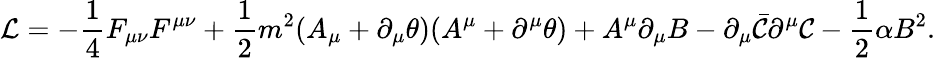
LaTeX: {\cal L}=-\frac{1}{4}F_{\mu\nu}F^{\mu\nu}+\frac{1}{2}m^{2}(A_{\mu}+\partial_{\mu}\theta)(A^{\mu}+\partial^{\mu}\theta)+A^{\mu}\partial_{\mu}B-\partial_{\mu}\bar{\cal C}\partial^{\mu}{\cal C}-\frac{1}{2}\alpha B^{2}.